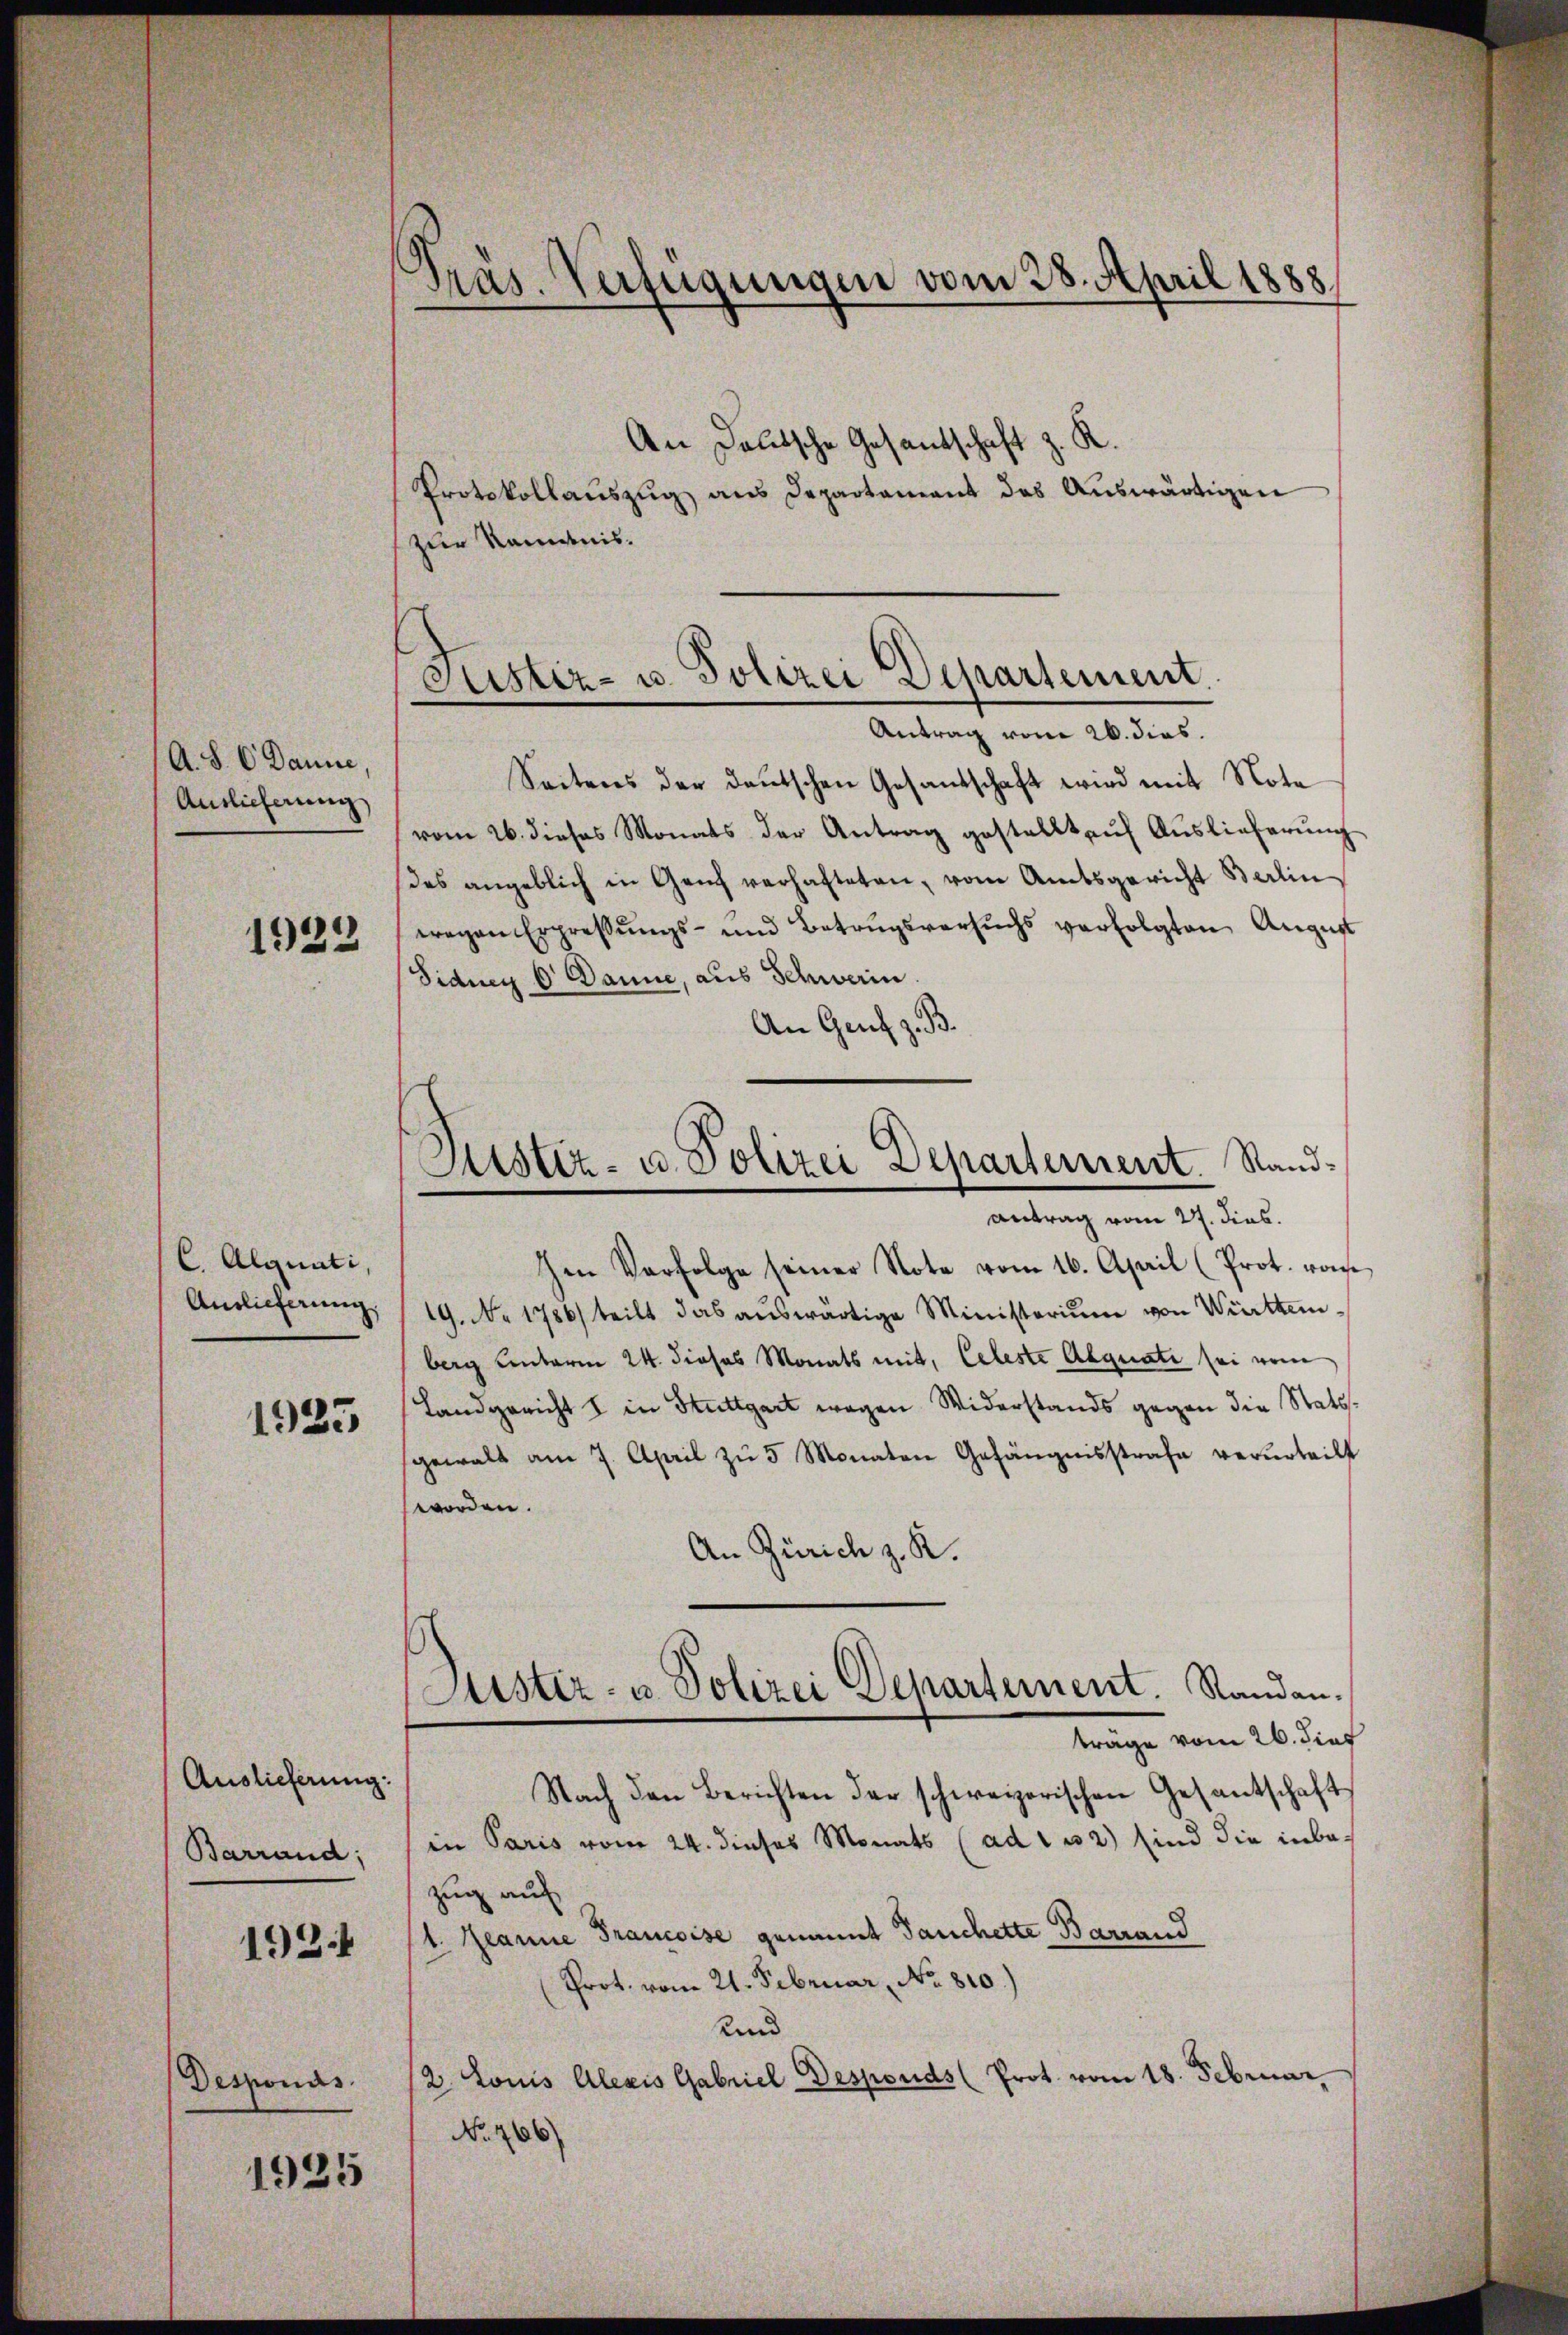
A. S. 6. Danne,
Auslieferung

1932

C. Alguati,
Auslieferung.

1925

Auslieferung:
Barrand;

1934

Desponds.

1925

Pras. Verfügungen vom 28. April 1888

An Deutsche Gesandtschaft z. R.
Protokollauszug aus Departament das Auswärtigen
zur Randnis.

Justiz- u. Polizei Departement.
Antrag vom 26. dies.

Justiz- u. Polizei Departement. Sand¬
Antrag vom 27. dies.

Seitens der deutschen Gesandschaft wird mit Nota
vom 26. dieses Monats der Antrag gestellt auf Auslieferung
des angeblich in Genf verhafteten, vom Amtsgericht Berlin
wegen Erpressŭngs- und Betrugsversuchs verfolgten August
Fidney p Danne, aus Schwerin.
An Genf z. B.
hen Verfolge seiner Note vom 16. April (Prot. vom
19. No 1786) teilt das auswärtige Ministerium von Württemberg unterm 24. Jiosos Monats mit, Celeste Abguate sei vom
Landgericht I in Stuttgart wegen Widerstands gegen die Stattgewalt am 7. April zŭ 5 Monaten Gefängnisstrafe verurteilt
worden.
An Zürich z. R.
Justiz- u. Polizei Departement. Randanträge vom 26. dies
Nach den Berichten der schweizerischen Gesantschaft
in Paris vom 24. dieses Monats (ad 1 32) sind die inbezug auf
1. Jeanne Francoise genannt Tauchette Barrand
Prot. vom 21. Februar, No. 810.)
und
/2 Louis Alexis Gabriel Desponds (Prot. vom 18. Februar.
No 766)